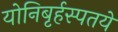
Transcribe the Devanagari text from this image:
योनिबृर्हस्पतये